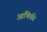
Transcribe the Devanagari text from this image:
आणिकी